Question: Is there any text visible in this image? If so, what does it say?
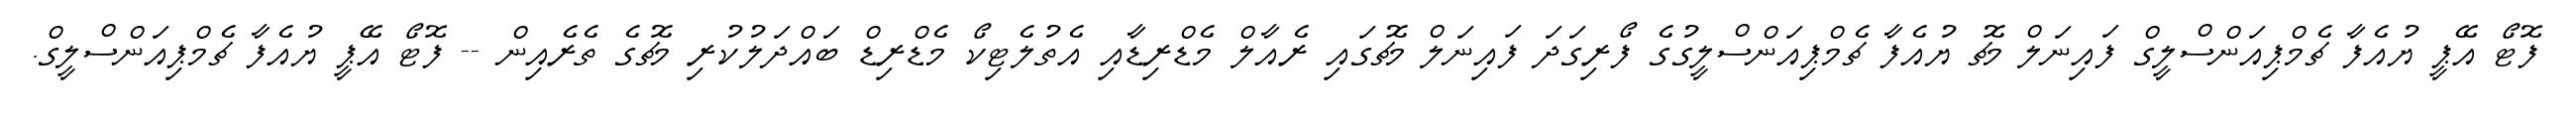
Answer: ފޮޓޯ އޭޕީ ޔުއެފާ ޗެމްޕިއަންސްލީގް ފައިނަލް މެޗު ޔުއެފާ ޗެމްޕިއަންސްލީގުގެ ފޯރިގަދަ ފައިނަލް މެޗުގައި ރެއާލް މެޑްރިޑާއި އެތުލެޓިކޯ މެޑްރިޑް ބައްދަލުކުރި މެޗުގެ ތެރެއިން -- ފޮޓޯ އޭޕީ ޔުއެފާ ޗެމްޕިއަންސްލީގް.